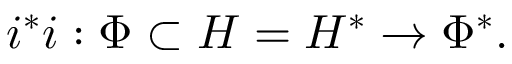
i ^ { * } i : \Phi \subset H = H ^ { * } \to \Phi ^ { * } .